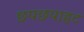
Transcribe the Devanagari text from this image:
छपछपाहट